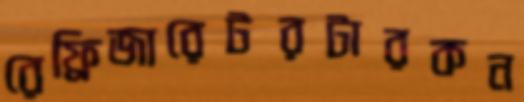
রেফ্রিজারেটরটারকন